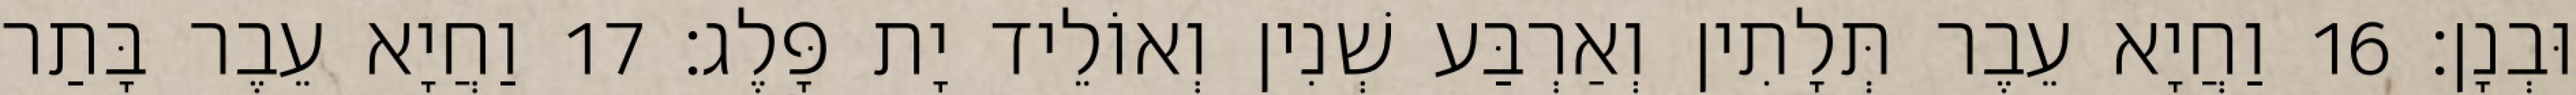
וּבְנָן׃ 16 וַחֲיָא עֵבֶר תְּלָתִין וְאַרְבַּע שְׁנִין וְאוֹלֵיד יָת פָּלֶג׃ 17 וַחֲיָא עֵבֶר בָּתַר